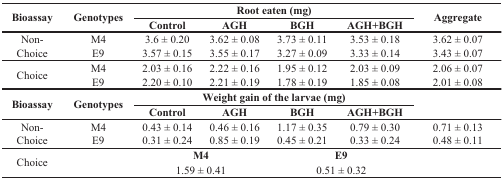
<table><thead><tr><td rowspan="2"><b>Bioassay</b></td><td rowspan="2"><b>Genotypes</b></td><td colspan="4"><b>Root eaten (mg)</b></td><td rowspan="2"><b>Aggregate</b></td></tr><tr><td><b>Control</b></td><td><b>AGH</b></td><td><b>BGH</b></td><td><b>AGH+BGH</b></td></tr></thead><tbody><tr><td rowspan="2">Non-Choice</td><td>M4</td><td>3.6 ± 0.20</td><td>3.62 ± 0.08</td><td>3.73 ± 0.11</td><td>3.53 ± 0.18</td><td>3.62 ± 0.07</td></tr><tr><td>E9</td><td>3.57 ± 0.15</td><td>3.55 ± 0.17</td><td>3.27 ± 0.09</td><td>3.33 ± 0.14</td><td>3.43 ± 0.07</td></tr><tr><td rowspan="2">Choice</td><td>M4</td><td>2.03 ± 0.16</td><td>2.22 ± 0.16</td><td>1.95 ± 0.12</td><td>2.03 ± 0.09</td><td>2.06 ± 0.07</td></tr><tr><td>E9</td><td>2.20 ± 0.10</td><td>2.21 ± 0.19</td><td>1.78 ± 0.19</td><td>1.85 ± 0.08</td><td>2.01 ± 0.08</td></tr><tr><td rowspan="2"><b>Bioassay</b></td><td rowspan="2"><b>Genotypes</b></td><td colspan="4"><b>Weight gain of the larvae (mg)</b></td><td></td></tr><tr><td><b>Control</b></td><td><b>AGH</b></td><td><b>BGH</b></td><td><b>AGH+BGH</b></td><td></td></tr><tr><td rowspan="2">Non-Choice</td><td>M4</td><td>0.43 ± 0.14</td><td>0.46 ± 0.16</td><td>1.17 ± 0.35</td><td>0.79 ± 0.30</td><td>0.71 ± 0.13</td></tr><tr><td>E9</td><td>0.31 ± 0.24</td><td>0.85 ± 0.19</td><td>0.45 ± 0.21</td><td>0.33 ± 0.24</td><td>0.48 ± 0.11</td></tr><tr><td rowspan="2">Choice</td><td></td><td colspan="2"><b>M4</b></td><td colspan="2"><b>E9</b></td><td></td></tr><tr><td></td><td colspan="2">1.59 ± 0.41</td><td colspan="2">0.51 ± 0.32</td><td></td></tr></tbody></table>